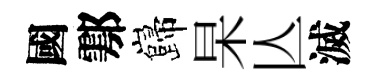
國鄠巋杲亾滅